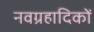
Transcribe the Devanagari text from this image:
नवग्रहादिकों